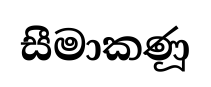
සීමාකණූ